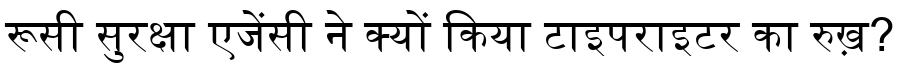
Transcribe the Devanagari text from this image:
रूसी सुरक्षा एजेंसी ने क्यों किया टाइपराइटर का रुख़?